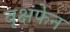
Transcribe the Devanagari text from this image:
वृक्षफेन